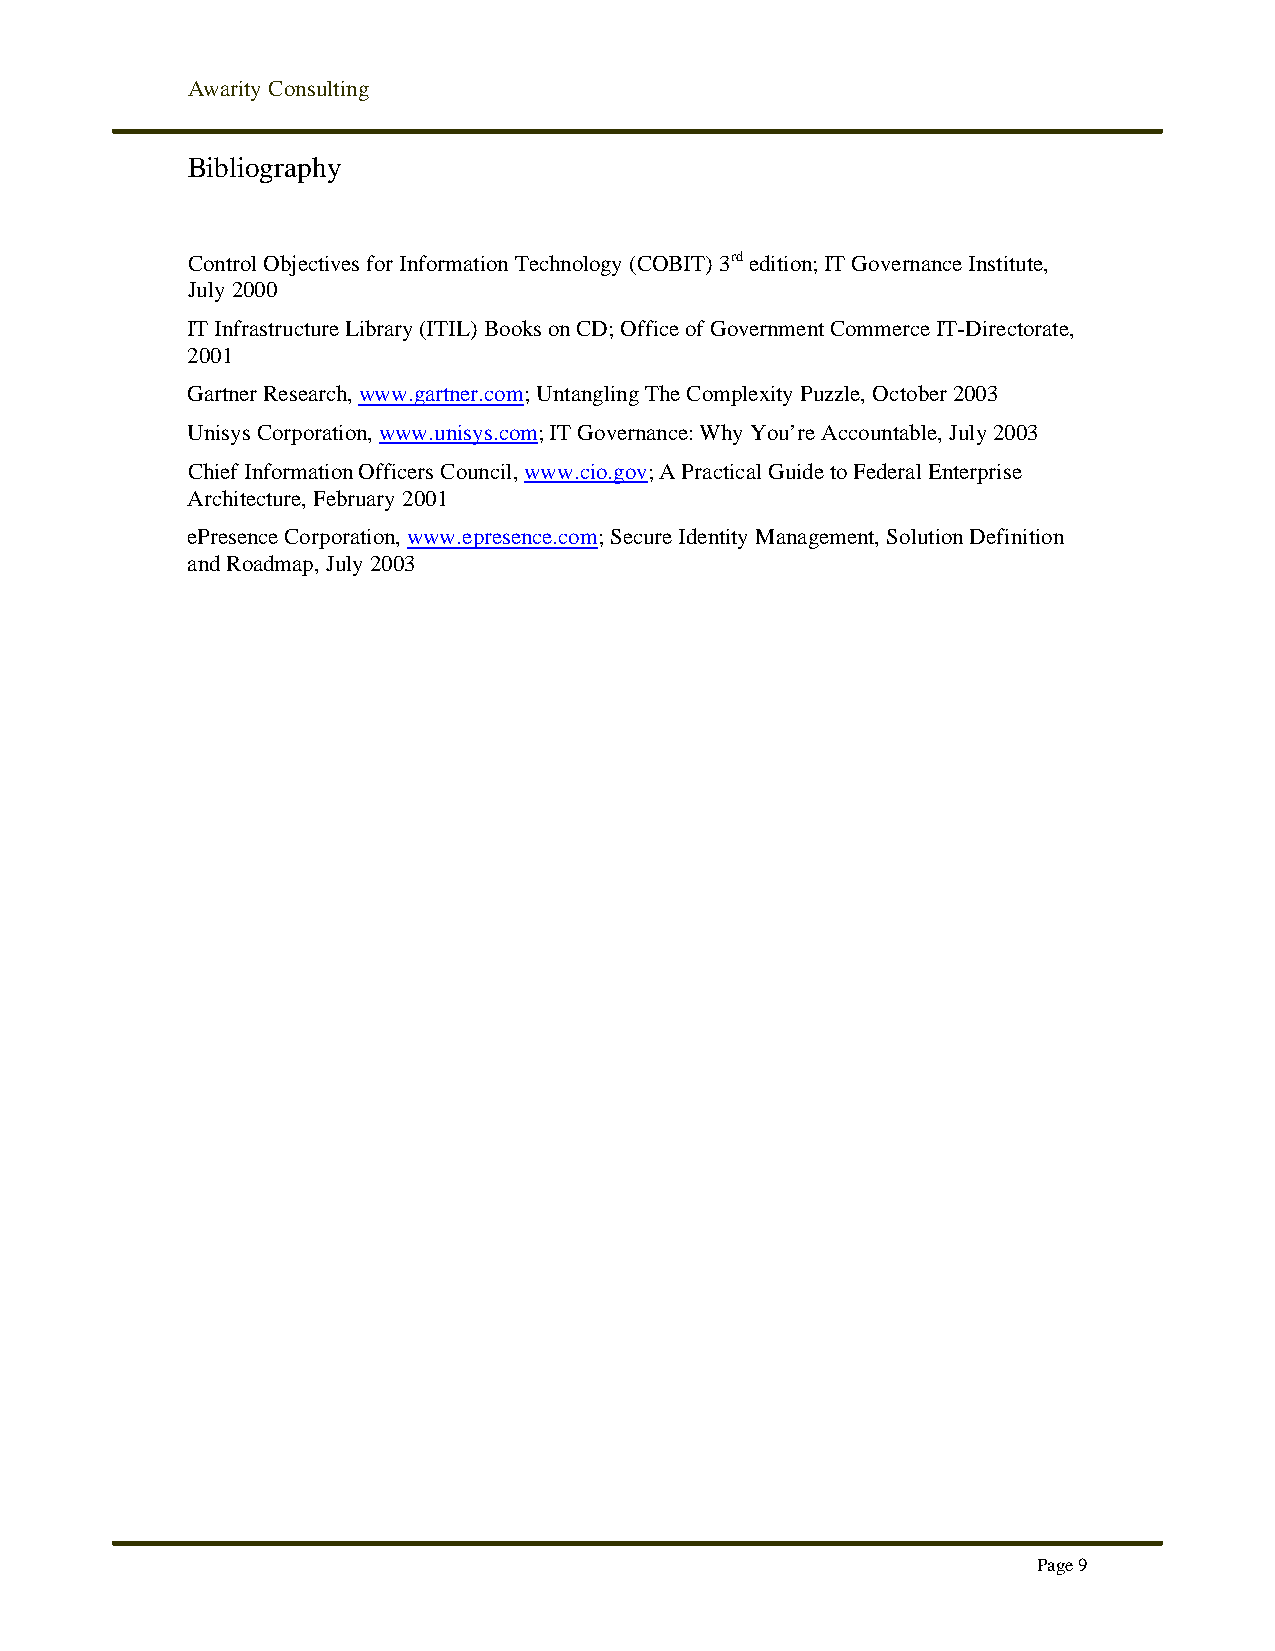
Awarity Consulting
 Bibliography
 Control Objectives for Information Technology (COBIT) 3rd edition; IT Governance Institute,
 July 2000
 IT Infrastructure Library (ITIL) Books on CD; Office of Government Commerce IT-Directorate,
 2001
 Gartner Research, www.gartner.com; Untangling The Complexity Puzzle, October 2003
 Unisys Corporation, www.unisys.com; IT Governance: Why You’re Accountable, July 2003
 Chief Information Officers Council, www.cio.gov; A Practical Guide to Federal Enterprise
 Architecture, February 2001
 ePresence Corporation, www.epresence.com; Secure Identity Management, Solution Definition
 and Roadmap, July 2003
 Page 9